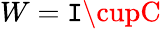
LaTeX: W=\mathtt{I}\cupC